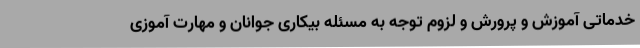
خدماتی آموزش و پرورش و لزوم توجه به مسئله بیکاری جوانان و مهارت آموزی